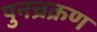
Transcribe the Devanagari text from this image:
पुनच्रक्रण